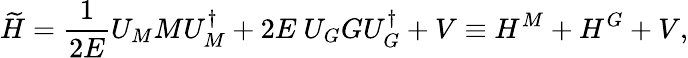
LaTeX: \widetilde{H}=\frac{1}{2E}U_{M}MU_{M}^{\dagger}+2E\ U_{G}GU_{G}^{\dagger}+V\equiv H^{M}+H^{G}+V,